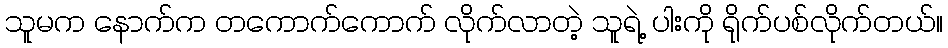
သူမက နောက်က တကောက်ကောက် လိုက်လာတဲ့ သူရဲ့ ပါးကို ရိုက်ပစ်လိုက်တယ်။